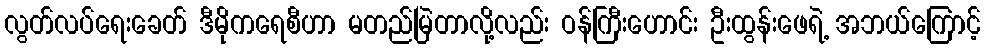
လွတ်လပ်ရေးခေတ် ဒီမိုကရေစီဟာ မတည်မြဲတာလို့လည်း ဝန်ကြီးဟောင်း ဦးထွန်းဖေရဲ့ အဘယ်ကြောင့်